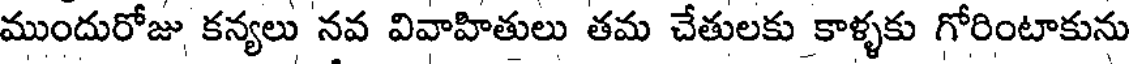
ముందురోజు కన్యలు నవ వివాహితులు తమ చేతులకు కాళ్ళకు గోరింటాకును